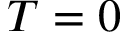
T = 0